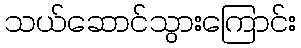
သယ်ဆောင်သွားကြောင်း